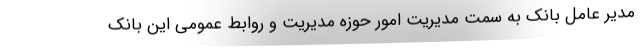
مدیر عامل بانک به سمت مدیریت امور حوزه مدیریت و روابط عمومی این بانک